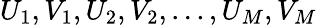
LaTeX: U_{1},V_{1},U_{2},V_{2},...,U_{M},V_{M}